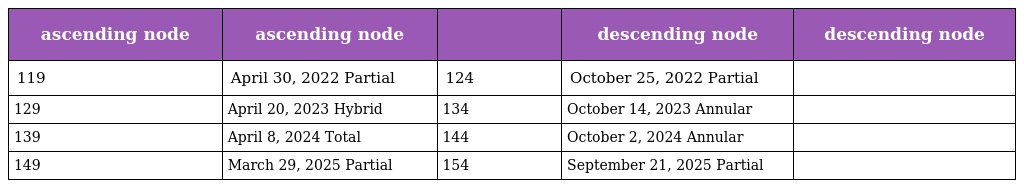
| ascending node | ascending node |  | descending node | descending node |
 | --- | --- | --- | --- | --- |
 | 119 | April 30, 2022 Partial | 124 | October 25, 2022 Partial |  |
 | 129 | April 20, 2023 Hybrid | 134 | October 14, 2023 Annular |  |
 | 139 | April 8, 2024 Total | 144 | October 2, 2024 Annular |  |
 | 149 | March 29, 2025 Partial | 154 | September 21, 2025 Partial |  |